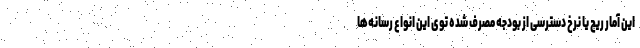
این آمار ریچ یا نرخ دسترسی از بودجه مصرف شده توی این انواع رسانه‌ها